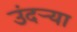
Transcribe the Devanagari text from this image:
उंदर्‍या